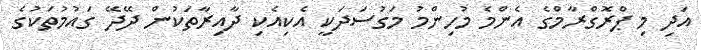
އަދި މި ޕްރޮގްރާމްގެ އެންމެ މުހިންމު މަގުސަދަކީ އެކިއެކި ދާއިރާތަކުން ދޭދޭ ގައުމުތަކުގެ